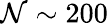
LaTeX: \mathcal{N}\sim200